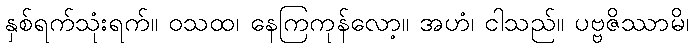
နှစ်ရက်သုံးရက်။ ဝသထ၊ နေကြကုန်လော့။ အဟံ၊ ငါသည်။ ပဗ္ဗဇိဿာမိ၊